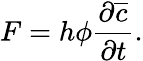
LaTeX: F=h\phi\frac{\partial\overline{{c}}}{\partial t}.